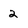
Character: 2